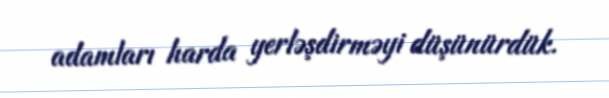
adamları harda yerləşdirməyi düşünürdük.